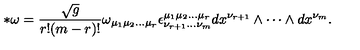
* \omega = \frac { \sqrt { g } } { r ! ( m - r ) ! } \omega _ { \mu _ { 1 } \mu _ { 2 } \dots \mu _ { r } } \epsilon _ { \nu _ { r + 1 } \dots \nu _ { m } } ^ { \mu _ { 1 } \mu _ { 2 } \dots \mu _ { r } } d x ^ { \nu _ { r + 1 } } \wedge \cdots \wedge d x ^ { \nu _ { m } } .